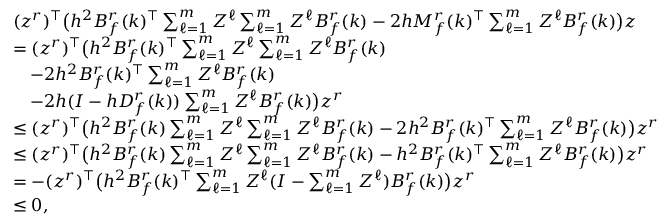
\begin{array} { r l } & { ( z ^ { r } ) ^ { \top } \big ( h ^ { 2 } B _ { f } ^ { r } ( k ) ^ { \top } \textstyle \sum _ { \ell = 1 } ^ { m } Z ^ { \ell } \textstyle \sum _ { \ell = 1 } ^ { m } Z ^ { \ell } B _ { f } ^ { r } ( k ) - 2 h M _ { f } ^ { r } ( k ) ^ { \top } \textstyle \sum _ { \ell = 1 } ^ { m } Z ^ { \ell } B _ { f } ^ { r } ( k ) \big ) z } \\ & { = ( z ^ { r } ) ^ { \top } \big ( h ^ { 2 } B _ { f } ^ { r } ( k ) ^ { \top } \textstyle \sum _ { \ell = 1 } ^ { m } Z ^ { \ell } \textstyle \sum _ { \ell = 1 } ^ { m } Z ^ { \ell } B _ { f } ^ { r } ( k ) } \\ & { ~ ~ ~ - 2 h ^ { 2 } B _ { f } ^ { r } ( k ) ^ { \top } \textstyle \sum _ { \ell = 1 } ^ { m } Z ^ { \ell } B _ { f } ^ { r } ( k ) } \\ & { ~ ~ ~ - 2 h ( I - h D _ { f } ^ { r } ( k ) ) \textstyle \sum _ { \ell = 1 } ^ { m } Z ^ { \ell } B _ { f } ^ { r } ( k ) \big ) z ^ { r } } \\ & { \leq ( z ^ { r } ) ^ { \top } \big ( h ^ { 2 } B _ { f } ^ { r } ( k ) \textstyle \sum _ { \ell = 1 } ^ { m } Z ^ { \ell } \textstyle \sum _ { \ell = 1 } ^ { m } Z ^ { \ell } B _ { f } ^ { r } ( k ) - 2 h ^ { 2 } B _ { f } ^ { r } ( k ) ^ { \top } \textstyle \sum _ { \ell = 1 } ^ { m } Z ^ { \ell } B _ { f } ^ { r } ( k ) \big ) z ^ { r } } \\ & { \leq ( z ^ { r } ) ^ { \top } \big ( h ^ { 2 } B _ { f } ^ { r } ( k ) \textstyle \sum _ { \ell = 1 } ^ { m } Z ^ { \ell } \textstyle \sum _ { \ell = 1 } ^ { m } Z ^ { \ell } B _ { f } ^ { r } ( k ) - h ^ { 2 } B _ { f } ^ { r } ( k ) ^ { \top } \textstyle \sum _ { \ell = 1 } ^ { m } Z ^ { \ell } B _ { f } ^ { r } ( k ) \big ) z ^ { r } } \\ & { = - ( z ^ { r } ) ^ { \top } \big ( h ^ { 2 } B _ { f } ^ { r } ( k ) ^ { \top } \textstyle \sum _ { \ell = 1 } ^ { m } Z ^ { \ell } ( I - \textstyle \sum _ { \ell = 1 } ^ { m } Z ^ { \ell } ) B _ { f } ^ { r } ( k ) \big ) z ^ { r } } \\ & { \leq 0 , } \end{array}